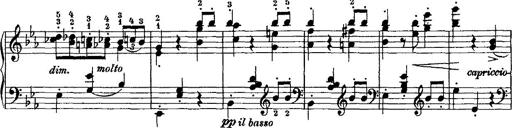
Title: Grande valse di bravura
Composer: Franz Liszt